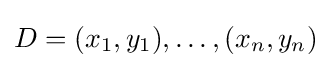
D=(x_{1},y_{1}),\ldots ,(x_{n},y_{n})